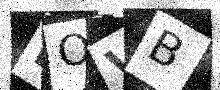
Text: LOVB